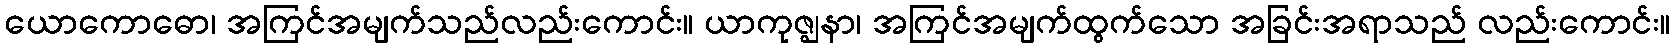
ယောကောဓော၊ အကြင်အမျက်သည်လည်းကောင်း။ ယာကုဇ္ဈနာ၊ အကြင်အမျက်ထွက်သော အခြင်းအရာသည် လည်းကောင်း။